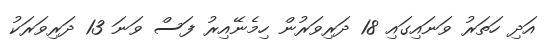
އަދި ހަތަރު ވަނައިގައި 18 ދަރިވަރުން ހިމެނޭއިރު ފަސް ވަނަ 13 ދަރިވަރަކު